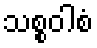
သစ္စဝါစံ